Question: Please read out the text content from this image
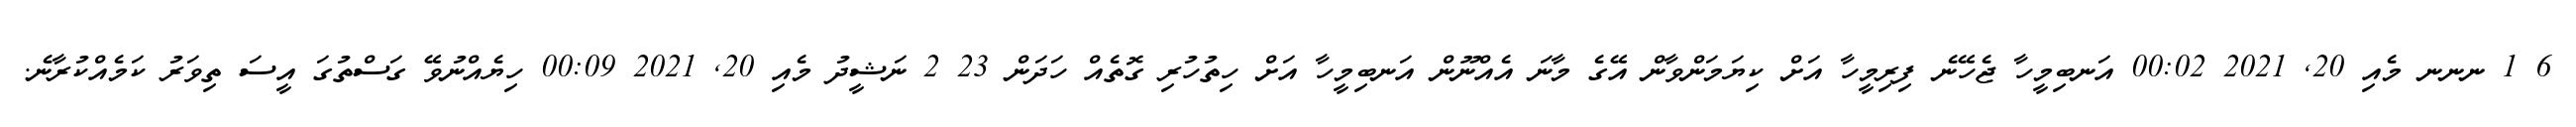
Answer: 6 1 ނނނ މެއި 20, 2021 00:02 އަނބިމީހާ ޖެހޭނެ ފިރިމީހާ އަށް ކިޔަމަންވާން އޭގެ މާނަ އެއްނޫން އަނބިމީހާ އަށް ހިތުހުރި ގޮތެއް ހަދަން 23 2 ނަޝީދު މެއި 20, 2021 00:09 ހިޔެއްނުވޭ ގަސްތުގަ އީސަ ތިވަރު ކަމެއްކުރާނެ.